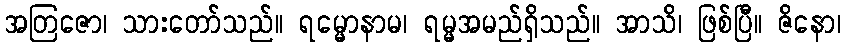
အတြဇော၊ သားတော်သည်။ ရမ္မောနာမ၊ ရမ္မအမည်ရှိသည်။ အာသိ၊ ဖြစ်ပြီ။ ဇိနော၊